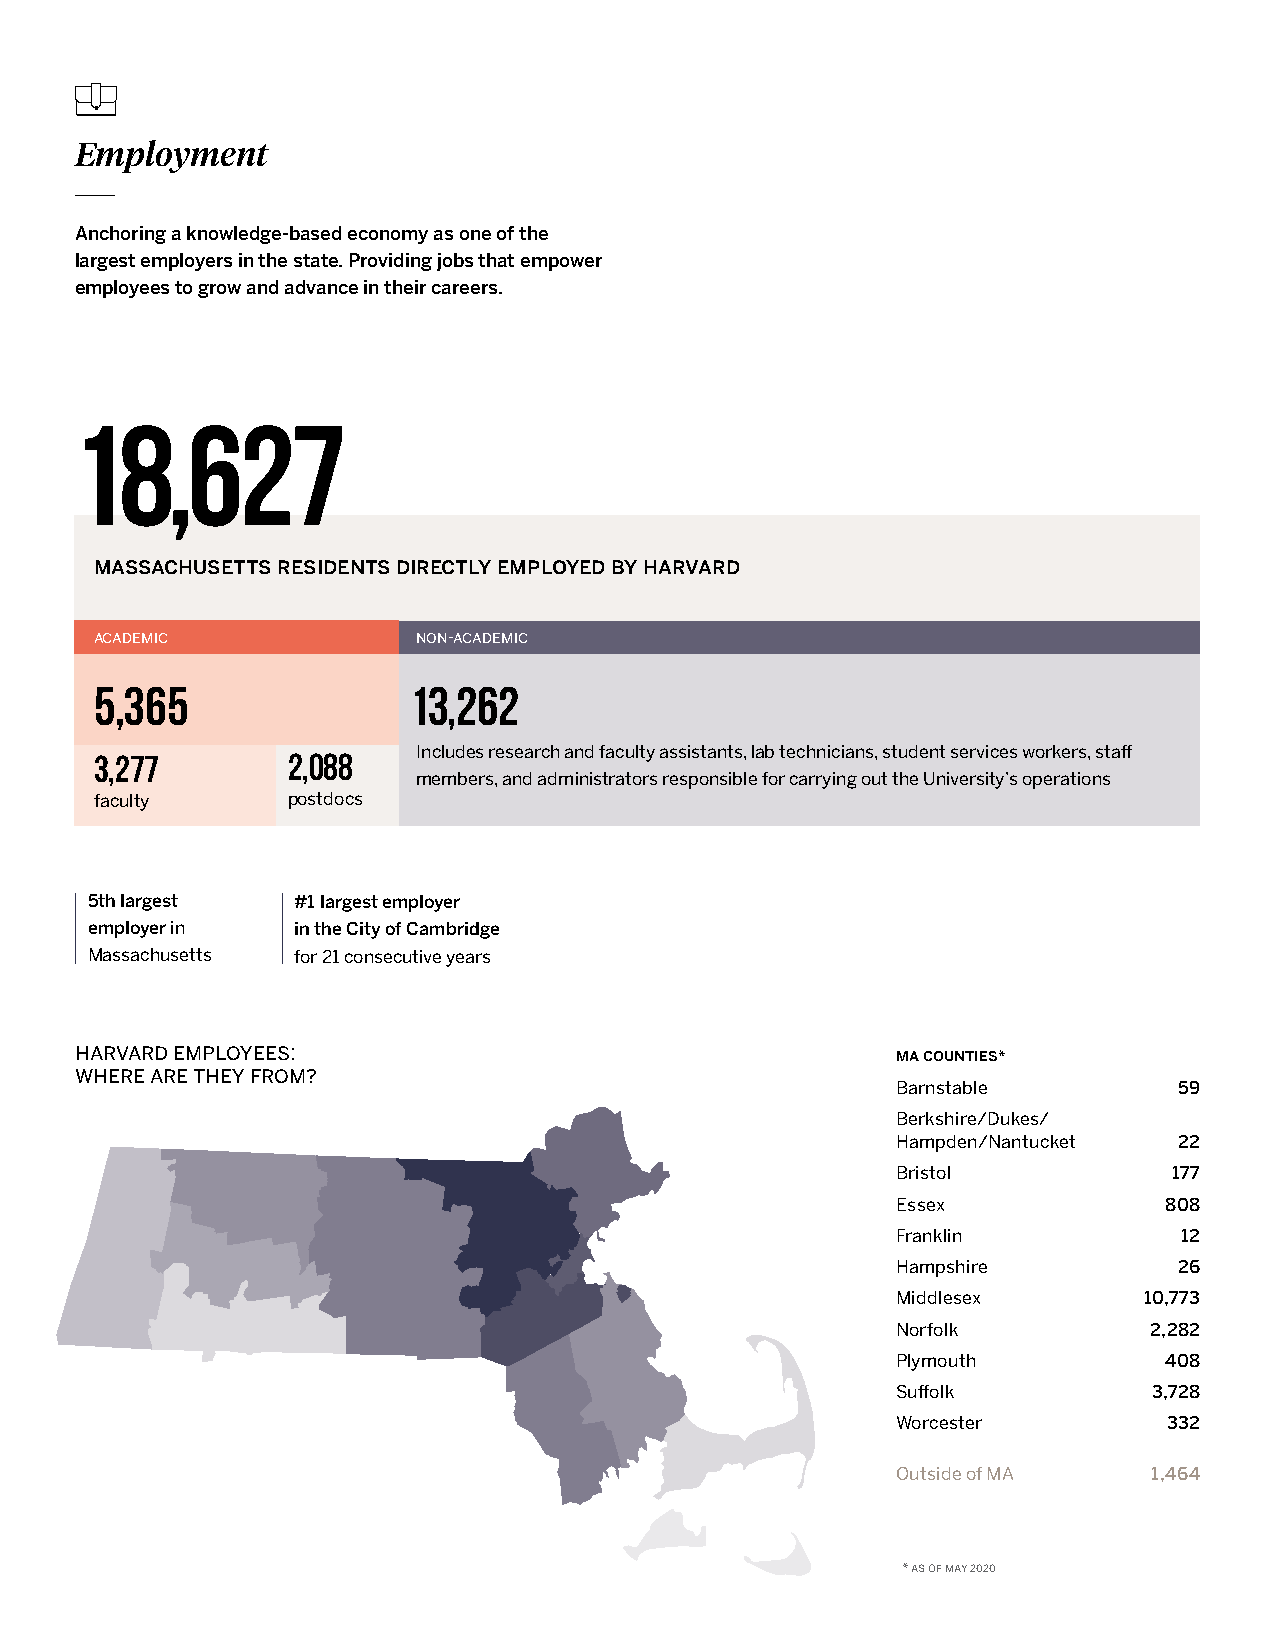
Employment
 Anchoring a knowledge-based economy as one of the
 largest employers in the state. Providing jobs that empower
 employees to grow and advance in their careers.
 18,627
 massachusetts residents directly employed by harvard
 academic              non-academic
 5,365                13,262
 3,277        2,088    Includes research and faculty assistants, lab technicians, student services workers, staff
 members, and administrators responsible for carrying out the University’s operations
 faculty      postdocs
 5th largest  #1 largest employer
 employer in  in the City of Cambridge
 Massachusetts for 21 consecutive years
 harvard employees:                                    ma counties*
 where are they from?
 Barnstable         59
 Berkshire/Dukes/
 Hampden/Nantucket  22
 Bristol            177
 Essex             808
 Franklin           12
 Hampshire          26
 Middlesex        10,773
 Norfolk          2,282
 Plymouth          408
 Suffolk          3,728
 Worcester         332
 Outside of MA    1,464
 * as of may 2020